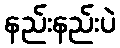
နည်းနည်းပဲ